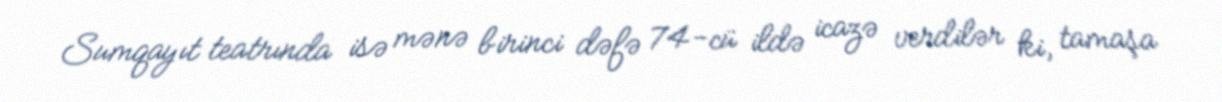
Sumqayıt teatrında isə mənə birinci dəfə 74-cü ildə icazə verdilər ki, tamaşa